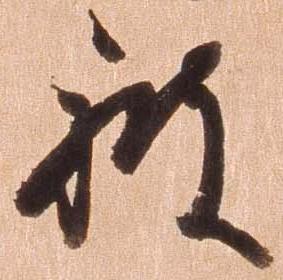
被